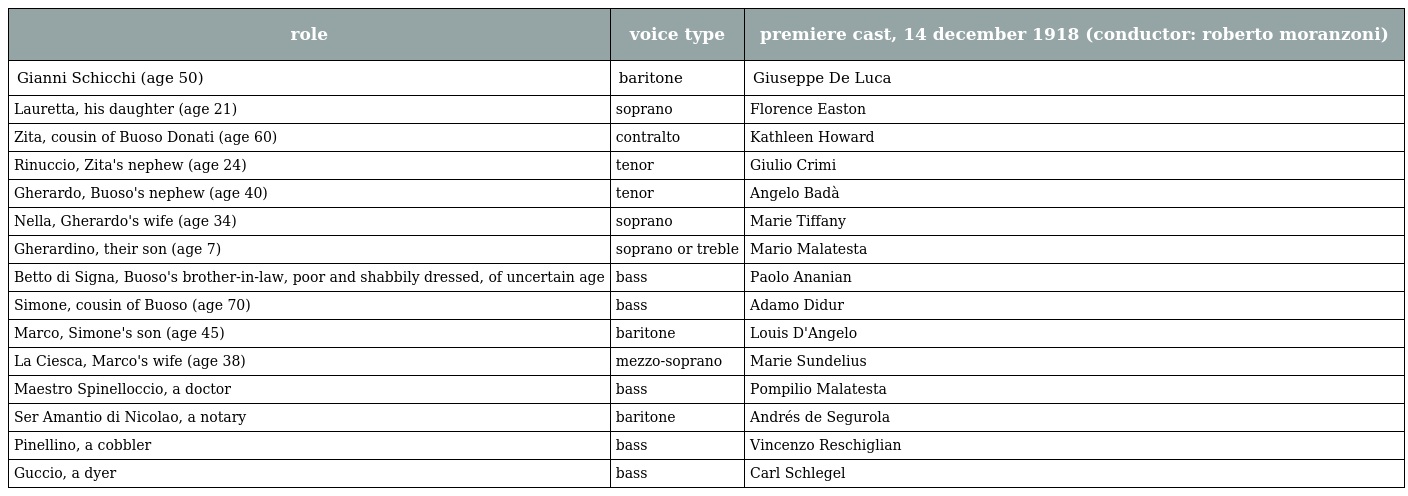
| role | voice type | premiere cast, 14 december 1918 (conductor: roberto moranzoni) |
 | --- | --- | --- |
 | Gianni Schicchi (age 50) | baritone | Giuseppe De Luca |
 | Lauretta, his daughter (age 21) | soprano | Florence Easton |
 | Zita, cousin of Buoso Donati (age 60) | contralto | Kathleen Howard |
 | Rinuccio, Zita's nephew (age 24) | tenor | Giulio Crimi |
 | Gherardo, Buoso's nephew (age 40) | tenor | Angelo Badà |
 | Nella, Gherardo's wife (age 34) | soprano | Marie Tiffany |
 | Gherardino, their son (age 7) | soprano or treble | Mario Malatesta |
 | Betto di Signa, Buoso's brother-in-law, poor and shabbily dressed, of uncertain age | bass | Paolo Ananian |
 | Simone, cousin of Buoso (age 70) | bass | Adamo Didur |
 | Marco, Simone's son (age 45) | baritone | Louis D'Angelo |
 | La Ciesca, Marco's wife (age 38) | mezzo-soprano | Marie Sundelius |
 | Maestro Spinelloccio, a doctor | bass | Pompilio Malatesta |
 | Ser Amantio di Nicolao, a notary | baritone | Andrés de Segurola |
 | Pinellino, a cobbler | bass | Vincenzo Reschiglian |
 | Guccio, a dyer | bass | Carl Schlegel |